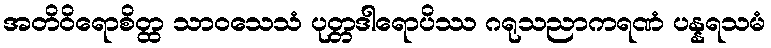
အတိဝိရောစိတ္ထ သာဝသေသံ ပုတ္တဒါရောပိဿ ဂရုသညာကရဏံ ပန္နရသမံ